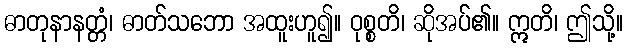
ဓာတုနာနတ္တံ၊ ဓာတ်သဘော အထူးဟူ၍။ ဝုစ္စတိ၊ ဆိုအပ်၏။ ဣတိ၊ ဤသို့။